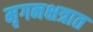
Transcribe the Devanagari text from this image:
मृगनक्षत्रात